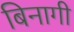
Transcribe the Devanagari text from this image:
बिनागी